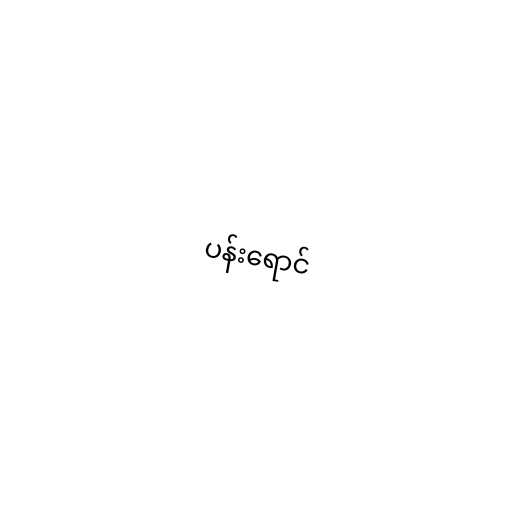
ပန်းရောင်